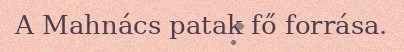
A Mahnács patak fő forrása.